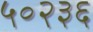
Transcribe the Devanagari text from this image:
५०२३६